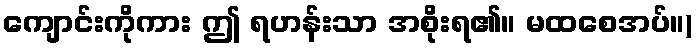
ကျောင်းကိုကား ဤ ရဟန်းသာ အစိုးရ၏။ မထစေအပ်။)